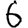
Digit: 6